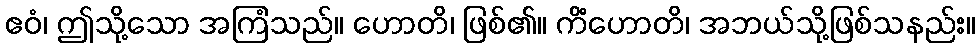
ဧဝံ၊ ဤသို့သော အကြံသည်။ ဟောတိ၊ ဖြစ်၏။ ကိံဟောတိ၊ အဘယ်သို့ဖြစ်သနည်း။